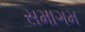
સમાગમ